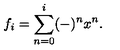
f _ { i } = \sum _ { n = 0 } ^ { i } ( - ) ^ { n } x ^ { n } .